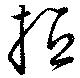
抵